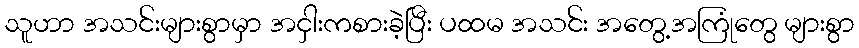
သူဟာ အသင်းများစွာမှာ အငှါးကစားခဲ့ပြီး ပထမ အသင်း အတွေ့အကြုံတွေ များစွာ